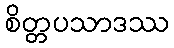
စိတ္တပသာဒဿ